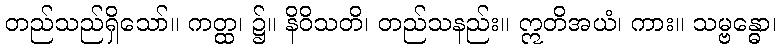
တည်သည်ရှိသော်။ ကတ္ထ၊ ၌။ နိဝိသတိ၊ တည်သနည်း။ ဣတိအယံ၊ ကား။ သမ္ဗန္ဓော၊